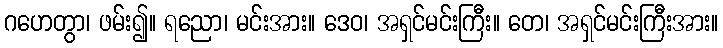
ဂဟေတွာ၊ ဖမ်း၍။ ရညော၊ မင်းအား။ ဒေဝ၊ အရှင်မင်းကြီး။ တေ၊ အရှင်မင်းကြီးအား။